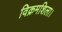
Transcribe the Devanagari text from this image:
विक्रमशिला।